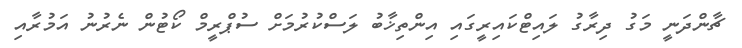
ޗާންދަނީ މަގު ދިރާގު ލައިޓްކައިރީގައި އިންތިޚާބު ލަސްކުރުމަށް ސުޕްރީމް ކޯޓުން ނެރުނު އަމުރާއި